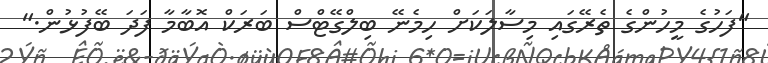
"ފަހުގެ މީހުންގެ ތެރޭގައި މިސާލަކަށް ހިމެނޭ ބިލްގޭޓްސް ބަރަކް އޮބާމާ ފަދަ ބޭފުޅުން."